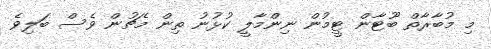
މި މުބާރާތް ބޫޓާން ޓީމުން ނިންމާލީ ކުޅުނު ތިން މެޗުން ވެސް ބަލިވެ